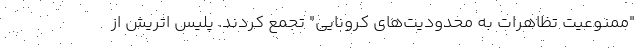
"ممنوعیت تظاهرات به محدودیت‌های کرونایی" تجمع کردند. پلیس اتریش از